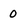
Character: 0